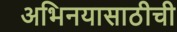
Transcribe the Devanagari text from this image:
अभिनयासाठीची